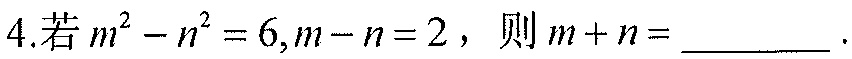
4.若\(m^{2}-n^{2}=6,m - n = 2\)，则\(m + n=\underline{\quad\quad}\).